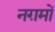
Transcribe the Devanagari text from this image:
नग़मों